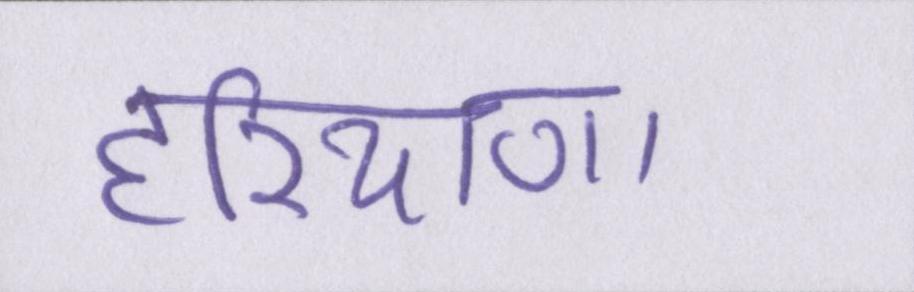
हरियाणा